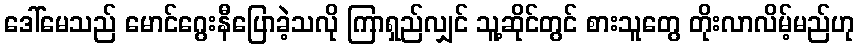
ဒေါ်မေသည် မောင်ဂွေးနီပြောခဲ့သလို ကြာရှည်လျှင် သူ့ဆိုင်တွင် စားသူတွေ တိုးလာလိမ့်မည်ဟု